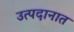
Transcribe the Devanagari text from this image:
उत्पदानात